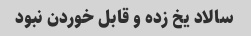
سالاد یخ زده و قابل خوردن نبود